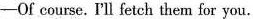
-Of course. I'll fetch them for you.